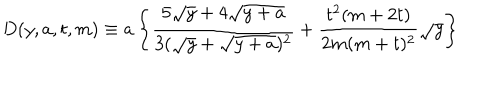
LaTeX: D ( y , a , t , m ) \equiv a \left\{ \frac { 5 \sqrt y + 4 \sqrt { y + a } } { 3 ( \sqrt y + \sqrt { y + a } ) ^ { 2 } } + \frac { t ^ { 2 } ( m + 2 t ) } { 2 m ( m + t ) ^ { 2 } } \sqrt y \right\}